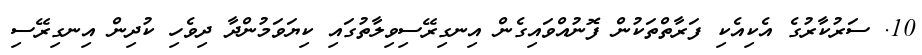
10. ސަރުކާރުގެ އެކިއެކި ފަރާތްތަކުން ފޮނުއްވައިގެން އިނގިރޭސިވިލާތުގައި ކިޔަވަމުންދާ ދިވެހި ކުދިން އިނގިރޭސި